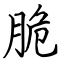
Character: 脆